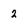
Character: 2